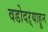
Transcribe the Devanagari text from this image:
वडोदऱ्याहून